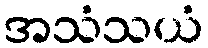
အသံသယံ